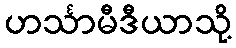
ဟင်္သာမီဒီယာသို့